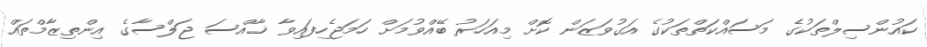
ކައުންސިލްތަކުގެ މަސައްކަތްތަކުގެ އަގުވަޒަން ކޮށް މިއަހަރު ބޭއްވުމަށް ހަމަޖެހިފައިވާ ޚާއްސަ ޖަލްސާގެ އިންތިޒާމްތައް